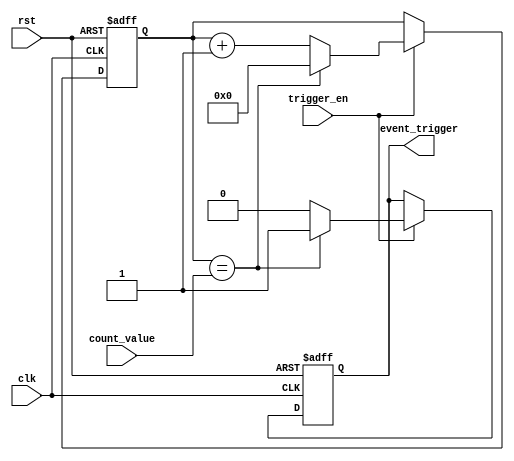
module Event_Timer (
    input wire clk,
    input wire rst,
    input wire trigger_en,
    input wire [7:0] count_value,
    output reg event_trigger
);

reg [7:0] counter;

always @(posedge clk or posedge rst) begin
    if (rst) begin
        counter <= 8'b00000000;
        event_trigger <= 0;
    end 
    else begin
        if (trigger_en) begin
            if (counter == count_value) begin
                event_trigger <= 1;
                counter <= 8'b00000000;
            end 
            else begin
                counter <= counter + 1;
                event_trigger <= 0;
            end
        end
    end
end

endmodule